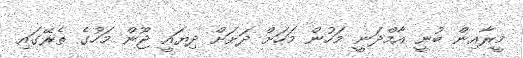
މީރާއިން ބުނީ އާމްދަނީ މަހުން މަހަށް ދަށަށް ދިޔައީ ޖޫން މަހުގެ ތެރޭގައި